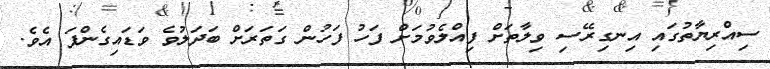
ސިއްރިޔާތުގައި އިނގިރޭސި ވިލާތަށް ފިއްލެވުމަށް ފަހު ފަހުން ގަތަރަށް ބަދަލުވެ ވަޑައިގެންފަ އެވެ.